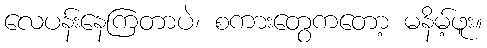
လေပန်းနေကြတာပဲ၊ စကားတွေကတော့ မနိမ့်ဖူး။